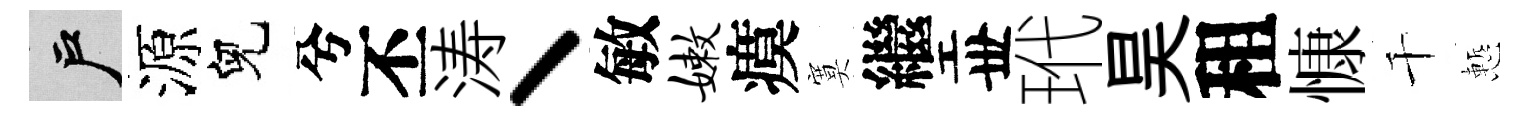
户源兒兮丕涛丶敏嫩瘼寞繼丗玳昊租慷千慙